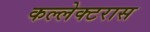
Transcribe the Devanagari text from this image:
कल्लेक्टरास